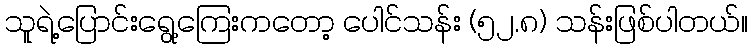
သူရဲ့ပြောင်းရွေ့ကြေးကတော့ ပေါင်သန်း (၅၂.၈) သန်းဖြစ်ပါတယ်။